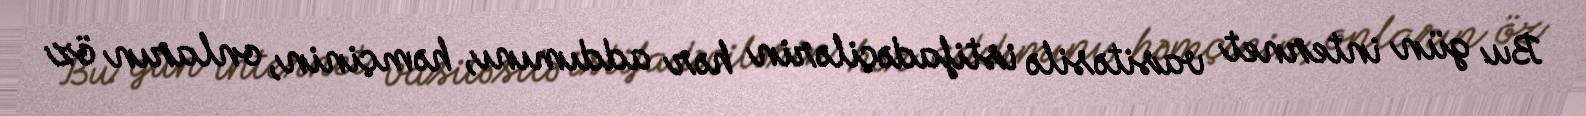
Bu gün internet vasitəsilə istifadəçilərin hər addımını, həmçinin, onların öz